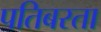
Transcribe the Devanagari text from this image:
पतिबरता